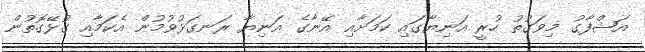
އަޝްފާގު މިވަގުތު ހުރީ އަނިޔާގައި ކަމަށާއި އޭނާގެ އަނިޔާ ރަނގަޅުވުމުން އެކަމާއި ގުޅޭގޮތުން